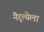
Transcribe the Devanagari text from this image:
नैरृत्येला